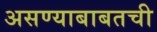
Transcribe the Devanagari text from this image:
असण्याबाबतची